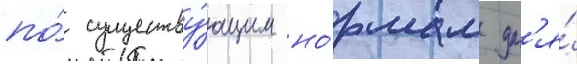
по́ существу́ющим но́рмам дл'я́